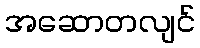
အဆောတလျင်